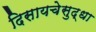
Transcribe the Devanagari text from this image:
दिसायचेसुद्धा